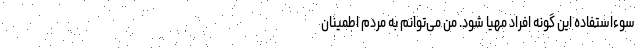
سوء‌استفاده این گونه افراد مهیا شود. من می‌‌توانم به مردم اطمینان